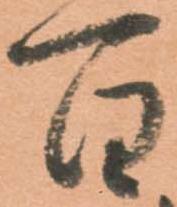
百